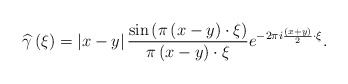
\begin{align*}\widehat{\gamma }\left( \xi \right) =\left\vert x-y\right\vert \frac{\sin \left( \pi \left(x-y\right) \cdot \xi \right) }{\pi \left( x-y\right) \cdot \xi }e^{-2\pi i\frac{\left( x+y\right) }{2}\cdot \xi }.\end{align*}